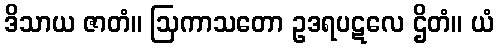
ဒိသာယ ဇာတံ။ ဩကာသတော ဥဒရပဋလေ ဌိတံ။ ယံ